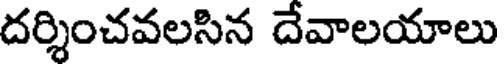
దర్శించవలసిన దేవాలయాలు